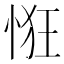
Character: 𢚯